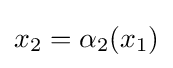
x_{2}=\alpha _{2}(x_{1})